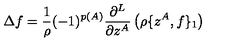
\Delta f = \frac { 1 } { \rho } ( - 1 ) ^ { p ( A ) } \frac { \partial ^ { L } } { \partial z ^ { A } } \left( \rho \{ z ^ { A } , f \} _ { 1 } \right)